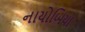
નાયોબિયા